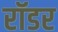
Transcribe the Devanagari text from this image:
रॉडर